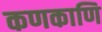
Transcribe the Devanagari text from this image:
कणकाणि